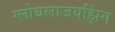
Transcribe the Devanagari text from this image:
ग्लोबलाजयझिंग